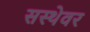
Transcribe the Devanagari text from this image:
सस्थेवर